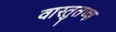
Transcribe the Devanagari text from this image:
वास्तुतज्ज्ञ